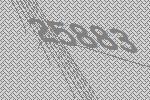
25883